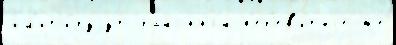
им'ит'и́руjут райо́нной п'ер'ев'итыjе же